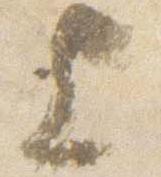
上